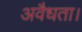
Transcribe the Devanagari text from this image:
अवैधता।